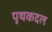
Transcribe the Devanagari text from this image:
पृथकदल